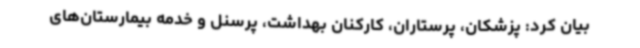
بیان کرد: پزشکان، پرستاران، کارکنان بهداشت، پرسنل و خدمه بیمارستان‌های